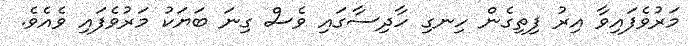
މަރުވެފައިވާ އިރު ފިތިގެން ހިނގި ހާދިސާގައި ވެސް ގިނަ ބަޔަކު މަރުވެފައި ވެއެވެ.